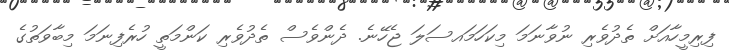
ފިރިމީހާއަށް ތެދުވެރި ނުވާނަމަ މިކަހަމައސަލަ ޖެހޭނެ. ދެންވެސް ތެދުވެރި ކަންމަތީ ހުރެފިނަމަ މިބާވަތުގެ